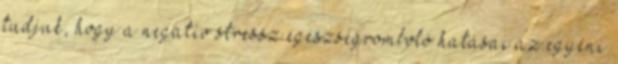
tudjuk, hogy a negatív stressz egészségromboló hatásai az egyéni